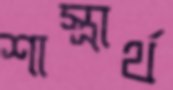
শাস্ত্রার্থ